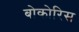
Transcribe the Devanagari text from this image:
बोकोरिस